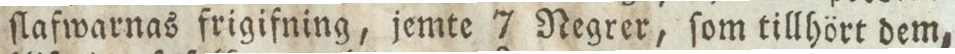
ſlafwarnas frigifning, jemte 7 Negrer, ſom tillhört dem,